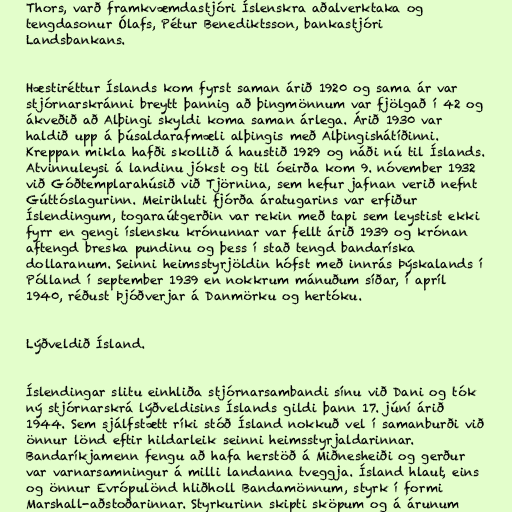
Thors, varð framkvæmdastjóri Íslenskra aðalverktaka og
tengdasonur Ólafs, Pétur Benediktsson, bankastjóri
Landsbankans.

Hæstiréttur Íslands kom fyrst saman árið 1920 og sama ár var
stjórnarskránni breytt þannig að þingmönnum var fjölgað í 42 og
ákveðið að Alþingi skyldi koma saman árlega. Árið 1930 var
haldið upp á þúsaldarafmæli alþingis með Alþingishátíðinni.
Kreppan mikla hafði skollið á haustið 1929 og náði nú til Íslands.
Atvinnuleysi á landinu jókst og til óeirða kom 9. nóvember 1932
við Góðtemplarahúsið við Tjörnina, sem hefur jafnan verið nefnt
Gúttóslagurinn. Meirihluti fjórða áratugarins var erfiður
Íslendingum, togaraútgerðin var rekin með tapi sem leystist ekki
fyrr en gengi íslensku krónunnar var fellt árið 1939 og krónan
aftengd breska pundinu og þess í stað tengd bandaríska
dollaranum. Seinni heimsstyrjöldin hófst með innrás Þýskalands í
Pólland í september 1939 en nokkrum mánuðum síðar, í apríl
1940, réðust Þjóðverjar á Danmörku og hertóku.

Lýðveldið Ísland.

Íslendingar slitu einhliða stjórnarsambandi sínu við Dani og tók
ný stjórnarskrá lýðveldisins Íslands gildi þann 17. júní árið
1944. Sem sjálfstætt ríki stóð Ísland nokkuð vel í samanburði við
önnur lönd eftir hildarleik seinni heimsstyrjaldarinnar.
Bandaríkjamenn fengu að hafa herstöð á Miðnesheiði og gerður
var varnarsamningur á milli landanna tveggja. Ísland hlaut, eins
og önnur Evrópulönd hliðholl Bandamönnum, styrk í formi
Marshall-aðstoðarinnar. Styrkurinn skipti sköpum og á árunum